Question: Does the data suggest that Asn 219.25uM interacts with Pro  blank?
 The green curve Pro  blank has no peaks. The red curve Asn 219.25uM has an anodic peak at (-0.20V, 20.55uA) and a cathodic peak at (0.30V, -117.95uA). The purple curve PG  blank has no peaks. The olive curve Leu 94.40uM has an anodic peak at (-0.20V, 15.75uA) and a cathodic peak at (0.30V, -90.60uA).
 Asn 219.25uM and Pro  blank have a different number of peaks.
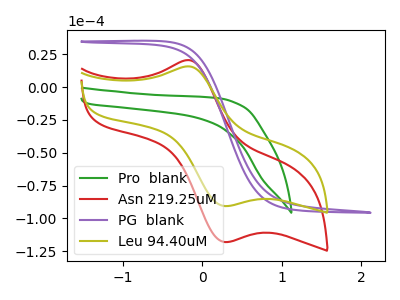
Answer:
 <answer>Yes, "Asn 219.25uM" and "Pro  blank" are different in shape.</answer>
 <eval>yes_change</eval>